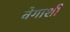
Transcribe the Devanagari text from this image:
वेगाशी